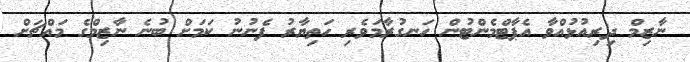
ނާޒިމް ދިރިއުޅުއްވާ އެޕާޓްމެންޓުން ހަނގުރާމަވެރި ހަތިޔާރު ފެނުނު ކަމަށް ބުނެ ނާޒިމްގެ މައްޗަށް